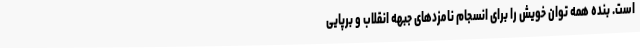
است. بنده همه توان خویش را برای انسجام نامزدهای جبهه انقلاب و برپایی